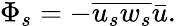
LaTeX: \Phi_{s}=-\overline{{u_{s}w_{s}}}\bar{u}.